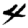
Digit: 4